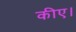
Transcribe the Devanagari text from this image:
कीए।